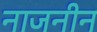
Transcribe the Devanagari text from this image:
नाजनीन